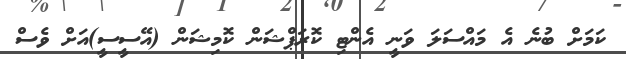
ކަމަށް ބުނެ އެ މައްސަލަ ވަނީ އެންޓި ކޮރަޕްޝަން ކޮމިޝަން (އޭސީސީ)އަށް ވެސް